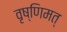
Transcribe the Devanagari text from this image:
वृष्णिमत्